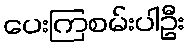
ပေးကြစမ်းပါဦး